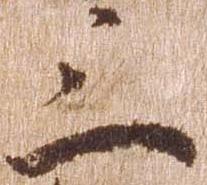
三